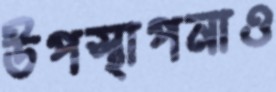
উপস্থাপনাও